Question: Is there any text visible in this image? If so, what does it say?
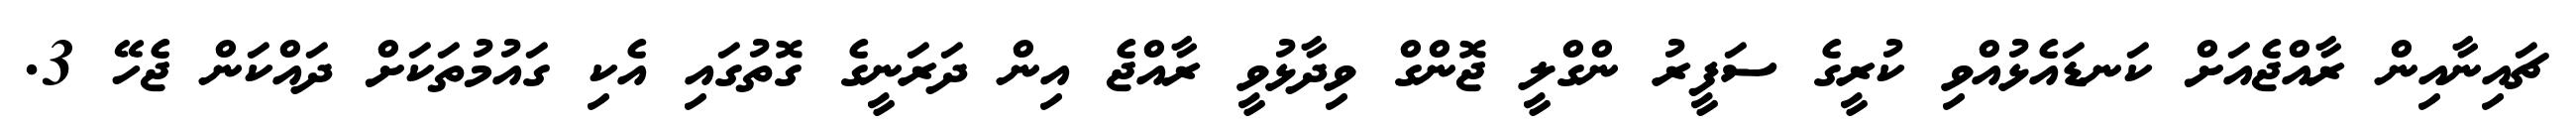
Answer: ޗައިނާއިން ރާއްޖެއަށް ކަނޑައެޅުއްވި ކުރީގެ ސަފީރު ންގްލީ ޖޮންގް ވިދާޅުވީ ރާއްޖެ އިން ދަރަނީގެ ގޮތުގައި އެކި ގައުމުތަކަށް ދައްކަން ޖެހޭ 3.